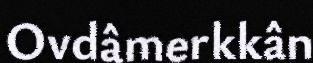
Ovdâmerkkân